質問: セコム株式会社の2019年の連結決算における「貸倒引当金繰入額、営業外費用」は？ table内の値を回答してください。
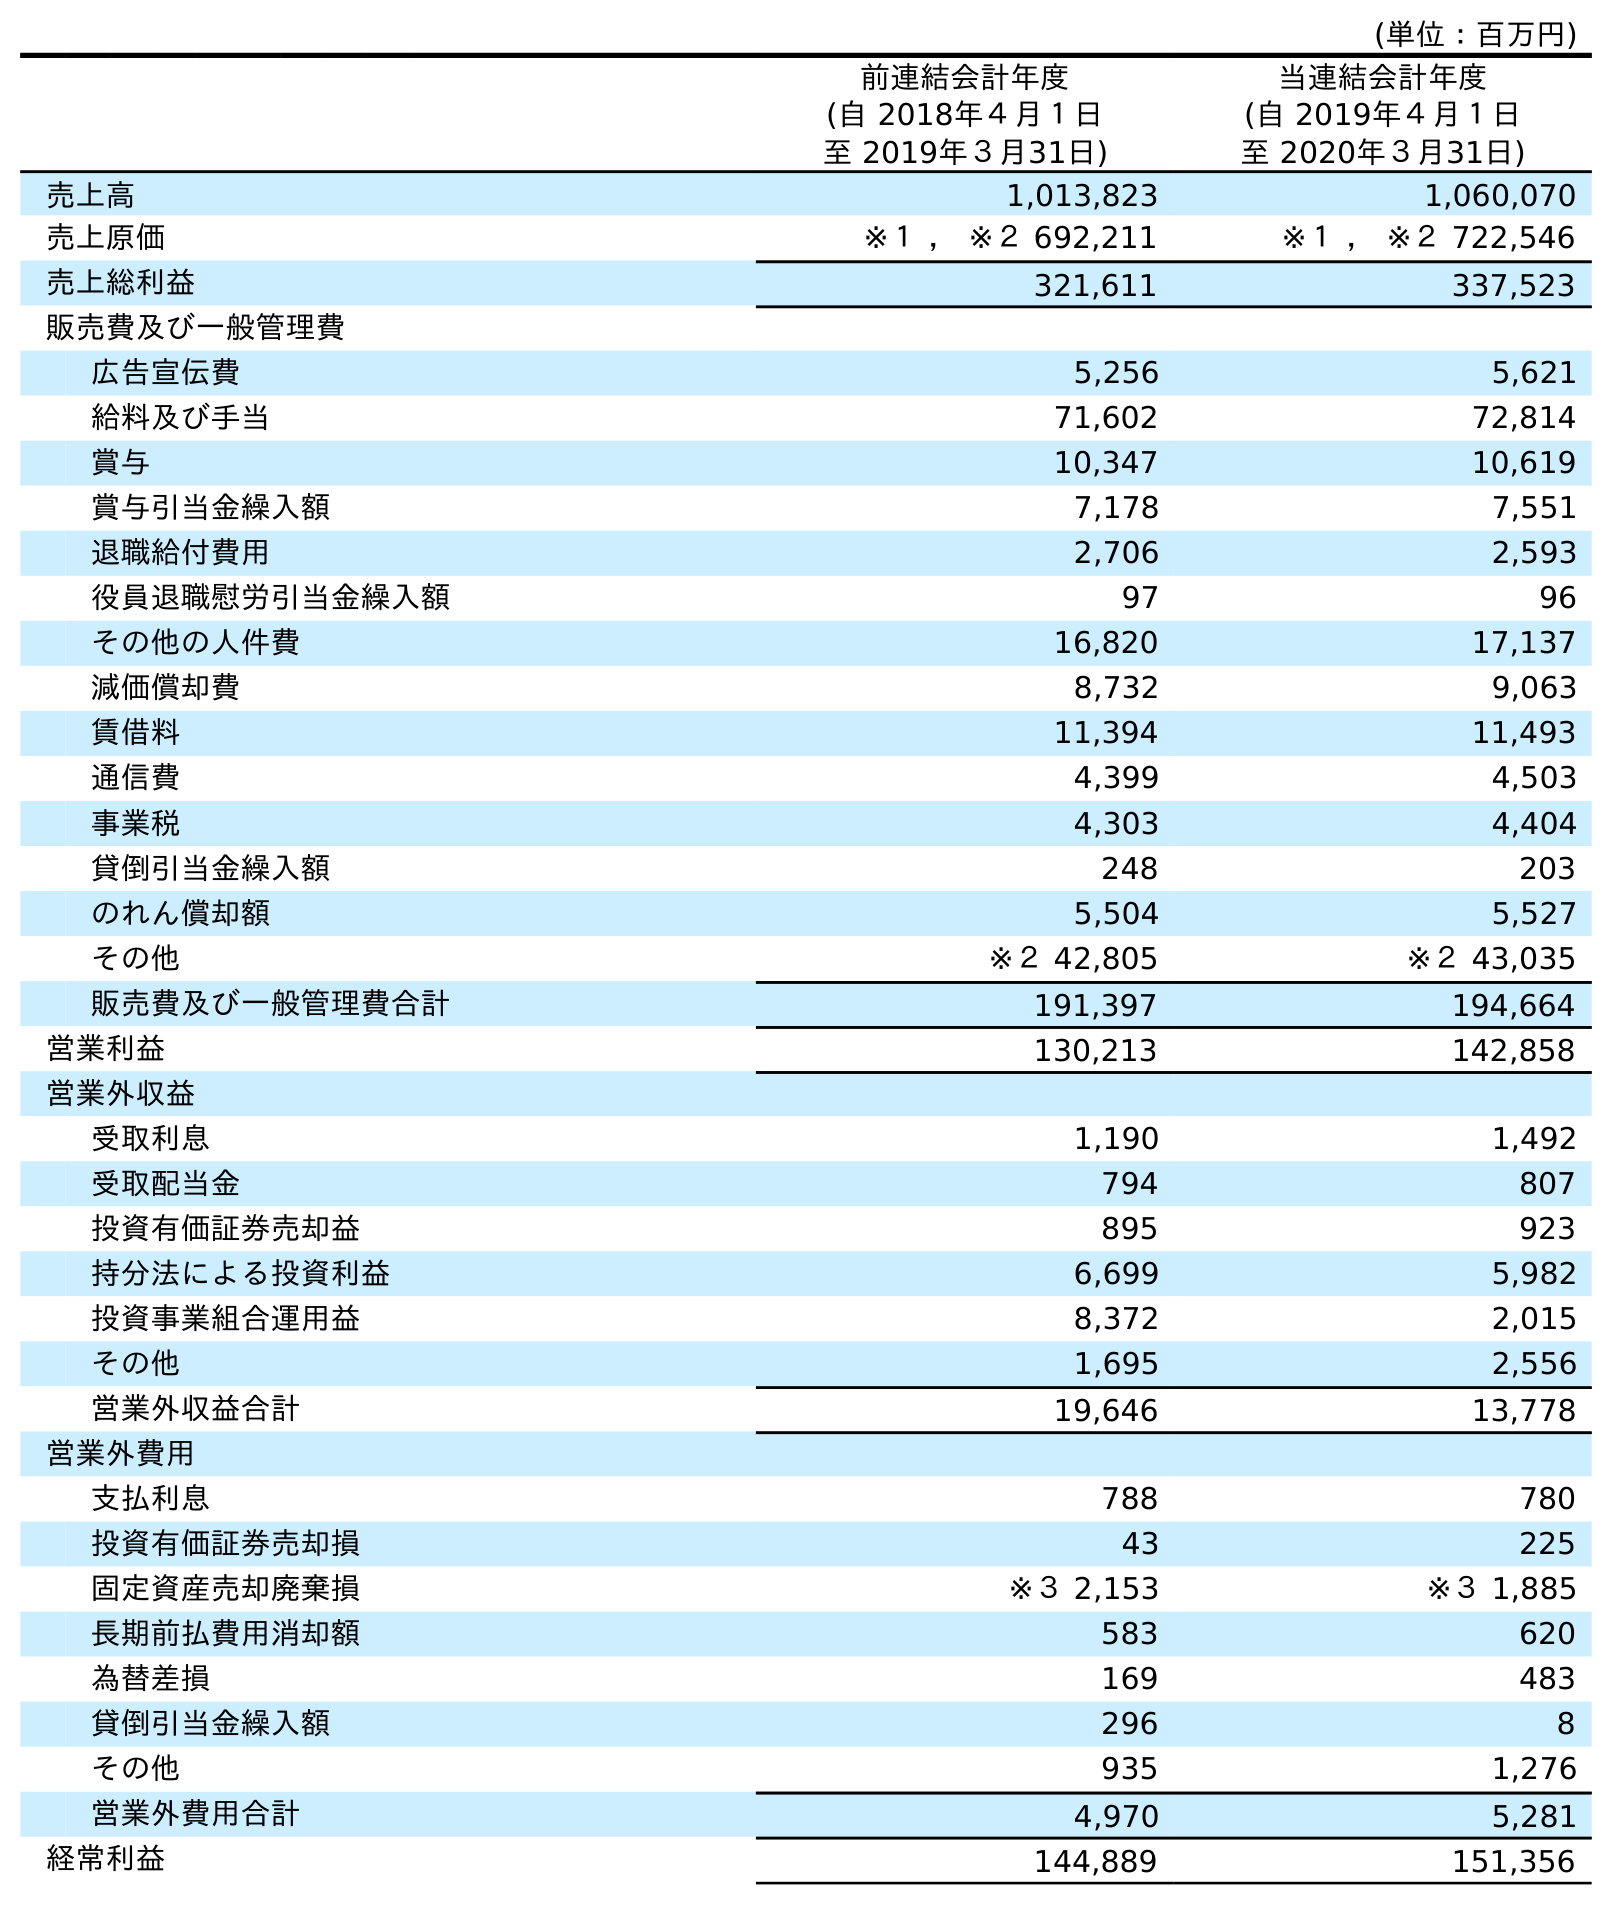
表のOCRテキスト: (単位：百万円) 前連結会計年度 (自 2018年４月１日 至 2019年３月31日) 当連結会計年度 (自 2019年４月１日 至 2020年３月31日) 売上高 1,013,823 1,060,070 売上原価 ※１ ， ※２ 692,211 ※１ ， ※２ 722,546 売上総利益 321,611 337,523 販売費及び一般管理費 広告宣伝費 5,256 5,621 給料及び手当 71,602 72,814 賞与 10,347 10,619 賞与引当金繰入額 7,178 7,551 退職給付費用 2,706 2,593 役員退職慰労引当金繰入額 97 96 その他の人件費 16,820 17,137 減価償却費 8,732 9,063 賃借料 11,394 11,493 通信費 4,399 4,503 事業税 4,303 4,404 貸倒引当金繰入額 248 203 のれん償却額 5,504 5,527 その他 ※２ 42,805 ※２ 43,035 販売費及び一般管理費合計 191,397 194,664 営業利益 130,213 142,858 営業外収益 受取利息 1,190 1,492 受取配当金 794 807 投資有価証券売却益 895 923 持分法による投資利益 6,699 5,982 投資事業組合運用益 8,372 2,015 その他 1,695 2,556 営業外収益合計 19,646 13,778 営業外費用 支払利息 788 780 投資有価証券売却損 43 225 固定資産売却廃棄損 ※３ 2,153 ※３ 1,885 長期前払費用消却額 583 620 為替差損 169 483 貸倒引当金繰入額 296 8 その他 935 1,276 営業外費用合計 4,970 5,281 経常利益 144,889 151,356
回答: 296